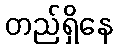
တည်ရှိနေ